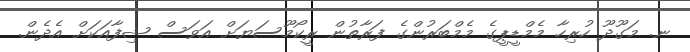
ނ. މަގޫދޫ ހުރިހާ މެމްޑީޕީގެ މެމްބަރުންގެ ފަރާތުން ރީކޯމޫސަޔަށް އަވަސް ޝިފާއަކަށް އެދެން.